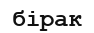
бірак